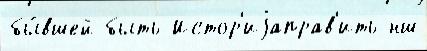
бы́вшей быть Истор'иjаправ'ить нш